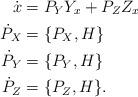
LaTeX: \begin{align*} \dot{x} & = P_Y Y_x + P_Z Z_x \\ \dot{P}_X & = \{ P_X, H \} \\ \dot{P}_Y & = \{ P_Y, H \} \\ \dot{P}_Z & = \{ P_Z, H \}.\end{align*}